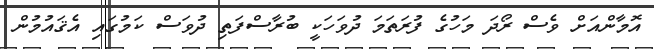
އޮމާންއަށް ވެސް ރޯދަ މަހުގެ ފުރަތަމަ ދުވަހަކީ ބުރާސްފަތި ދުވަސް ކަމުގައި އެޤައުމުން